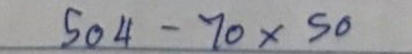
504 - 70 x 50